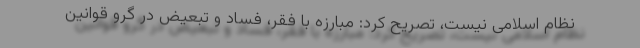
نظام اسلامی نیست، تصریح کرد: مبارزه با فقر، فساد و تبعیض در گرو قوانین